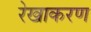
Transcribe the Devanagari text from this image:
रेखाकरण